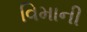
વિમાની